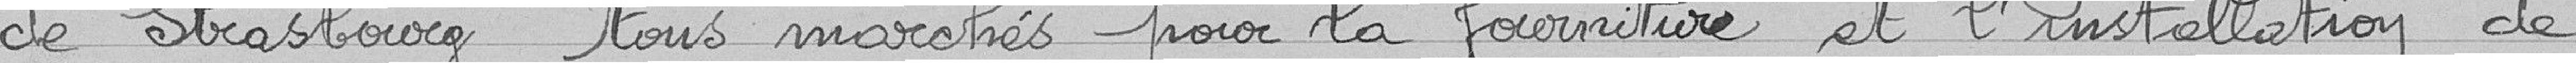
de Strasbourg tous marchés pour la fourniture et l'installation de